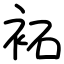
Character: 袥